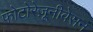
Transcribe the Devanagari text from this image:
फोटोरेज़ूनीवेसन